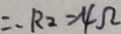
\therefore R _ { 2 } = 4 \Omega